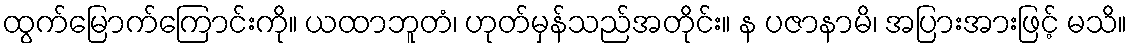
ထွက်မြောက်ကြောင်းကို။ ယထာဘူတံ၊ ဟုတ်မှန်သည်အတိုင်း။ န ပဇာနာမိ၊ အပြားအားဖြင့် မသိ။